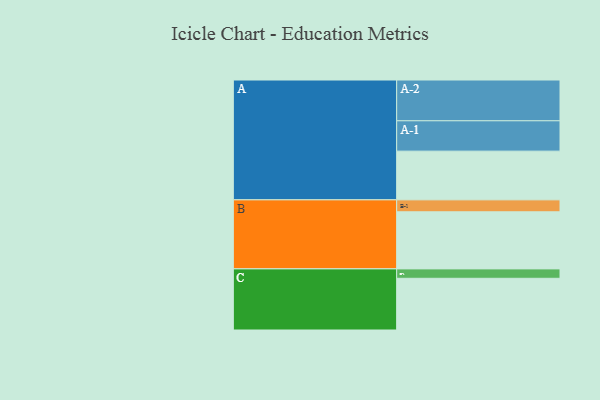
{"axis": {"x": "Segment", "y": "Value"}, "legend": ["", "A", "B", "C"], "data": [{"x": "A", "y": 326, "type": ""}, {"x": "B", "y": 382, "type": ""}, {"x": "C", "y": 346, "type": ""}, {"x": "A-1", "y": 203, "type": "A"}, {"x": "A-2", "y": 273, "type": "A"}, {"x": "B-1", "y": 80, "type": "B"}, {"x": "C-1", "y": 63, "type": "C"}]}